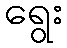
ရွေး